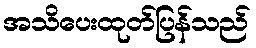
အသိပေးထုတ်ပြန်သည်